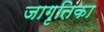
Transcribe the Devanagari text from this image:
जागृतिका